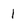
Character: 1